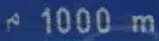
^{\circ}1000\